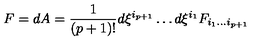
F = d A = { \frac { 1 } { ( p + 1 ) ! } } d \xi ^ { i _ { p + 1 } } \dots d \xi ^ { i _ { 1 } } F _ { i _ { 1 } \dots i _ { p + 1 } }